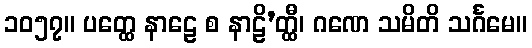
၁၀၅၇။ ပတ္ထေ နာဠေ စ နာဠိ’တ္ထီ၊ ဂဏေ သမိတိ သင်္ဂမေ။